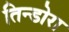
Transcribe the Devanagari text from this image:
तिन्डोरा